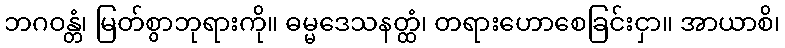
ဘဂဝန္တံ၊ မြတ်စွာဘုရားကို။ ဓမ္မဒေသနတ္ထံ၊ တရားဟောစေခြင်းငှာ။ အာယာစိ၊